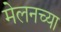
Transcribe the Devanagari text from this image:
मेलनच्या